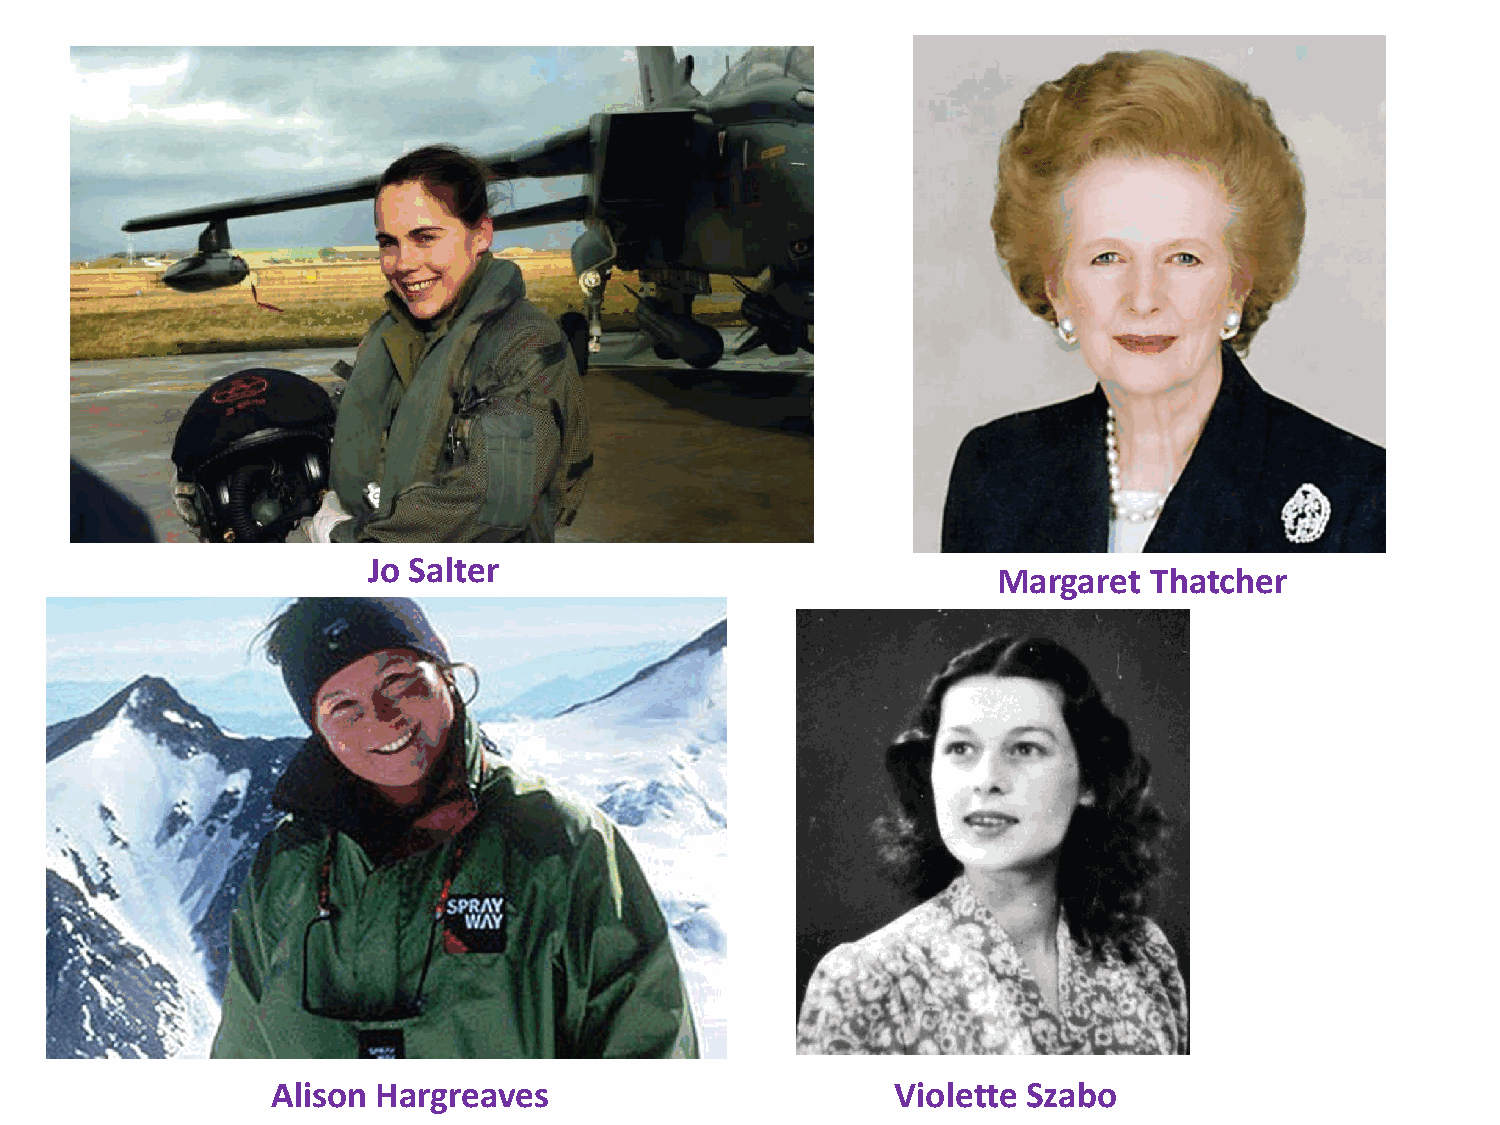
Jo Salter
 Margaret  Thatcher
 Alison Hargreaves                        Violette Szabo